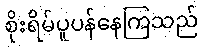
စိုးရိမ်ပူပန်နေကြသည်